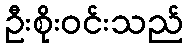
ဦးစိုးဝင်းသည်